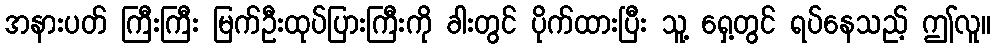
အနားပတ် ကြီးကြီး မြက်ဦးထုပ်ပြားကြီးကို ခါးတွင် ပိုက်ထားပြီး သူ့ ရှေ့တွင် ရပ်နေသည့် ဤလူ။